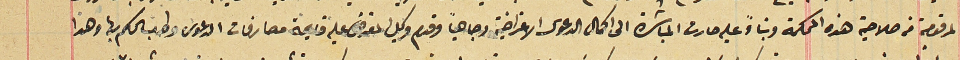
المرقومة من صلاحية هذه المحكمة وبناءً عليه صارت المباشرة الى اكمال الدعوى الاعتراضية وجاهياً وقدم وكيل المعترض عليه قيمة مصارفات الدعوى وطلب الحكم بها وهذا